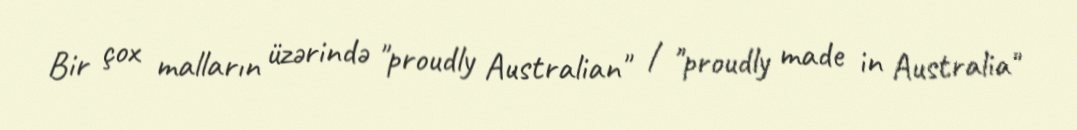
Bir çox malların üzərində "proudly Australian" / "proudly made in Australia"